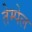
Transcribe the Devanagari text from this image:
तेम्पेल